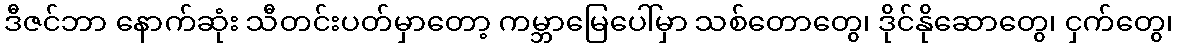
ဒီဇင်ဘာ နောက်ဆုံး သီတင်းပတ်မှာတော့ ကမ္ဘာမြေပေါ်မှာ သစ်တောတွေ၊ ဒိုင်နိုဆောတွေ၊ ငှက်တွေ၊